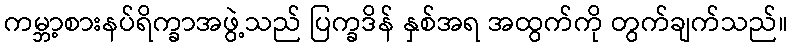
ကမ္ဘာ့စားနပ်ရိက္ခာအဖွဲ့သည် ပြက္ခဒိန် နှစ်အရ အထွက်ကို တွက်ချက်သည်။